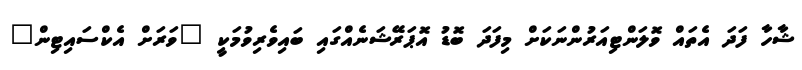
ޝާހާ ފަދަ އެތައް ވޮލަންޓިއަރުންނަކަށް މިފަދަ ބޮޑު އޮޕަރޭޝަނެއްގައި ބައިވެރިވުމަކީ "ވަރަަށް އެކްސައިޓިން"